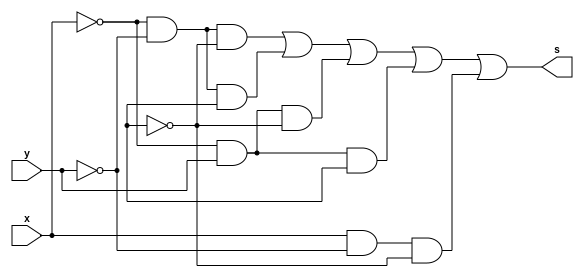
module SoP (output s,input  x, y); // mintermos
//       m   0        1              2      3     4
assign s = (~x&~y&~z) | (~x&~y&z) | (~x&y&~z) | (~x&y&z) |(x&~y&~z);
endmodule